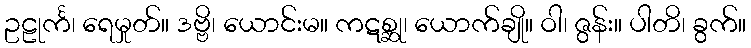
ဥဠုင်္က၊ ရေမှုတ်။ ဒဗ္ဗိ၊ ယောင်းမ။ ကဋစ္ဆု၊ ယောက်ချို။ ဝါ၊ ဇွန်း။ ပါတိ၊ ခွက်။